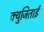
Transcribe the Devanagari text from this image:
क्युजिताई